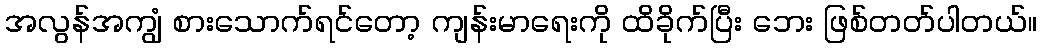
အလွန်အကျွံ စားသောက်ရင်တော့ ကျန်းမာရေးကို ထိခိုက်ပြီး ဘေး ဖြစ်တတ်ပါတယ်။